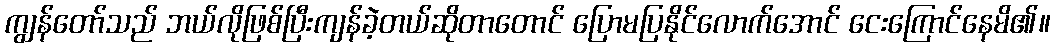
ကျွန်တော်သည် ဘယ်လိုဖြစ်ပြီးကျန်ခဲ့တယ်ဆိုတာတောင် ပြောမပြနိုင်လောက်အောင် ငေးကြောင်နေမိ၏။